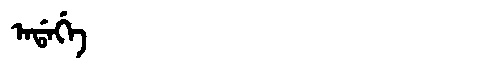
Manchu: ᠠᡩᠠᡤᡝ
Romanization: ADAGE